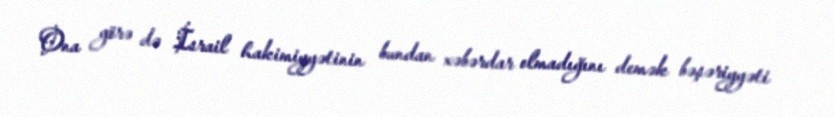
Ona görə də İsrail hakimiyyətinin bundan xəbərdar olmadığını demək bəşəriyyəti